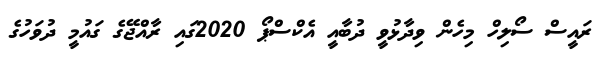
ރައީސް ސޯލިހް މިހެން ވިދާޅުވީ ދުބާއީ އެކްސްޕޯ 2020ގައި ރާއްޖޭގެ ގައުމީ ދުވަހުގެ